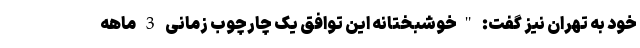
خود به تهران نیز گفت: "خوشبختانه این توافق یک چارچوب زمانی 3 ماهه